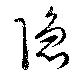
隱